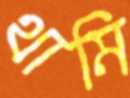
থামি